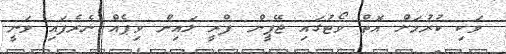
ވަކި ކުރުމަށް އޮތް ވޯޓުގައި ޖޭޕީން ފްރީ ލައިން ވިޕެއް ނެރެފައި ވަނީ